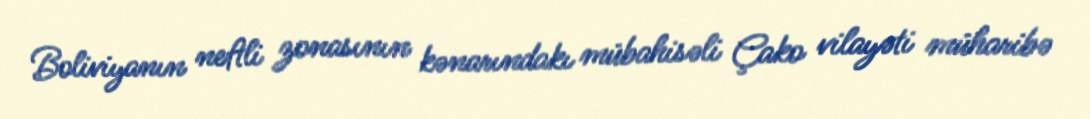
Boliviyanın neftli zonasının kənarındakı mübahisəli Çako vilayəti müharibə